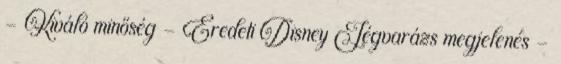
- Kiváló minőség - Eredeti Disney Jégvarázs megjelenés -